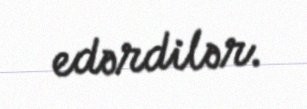
edərdilər.